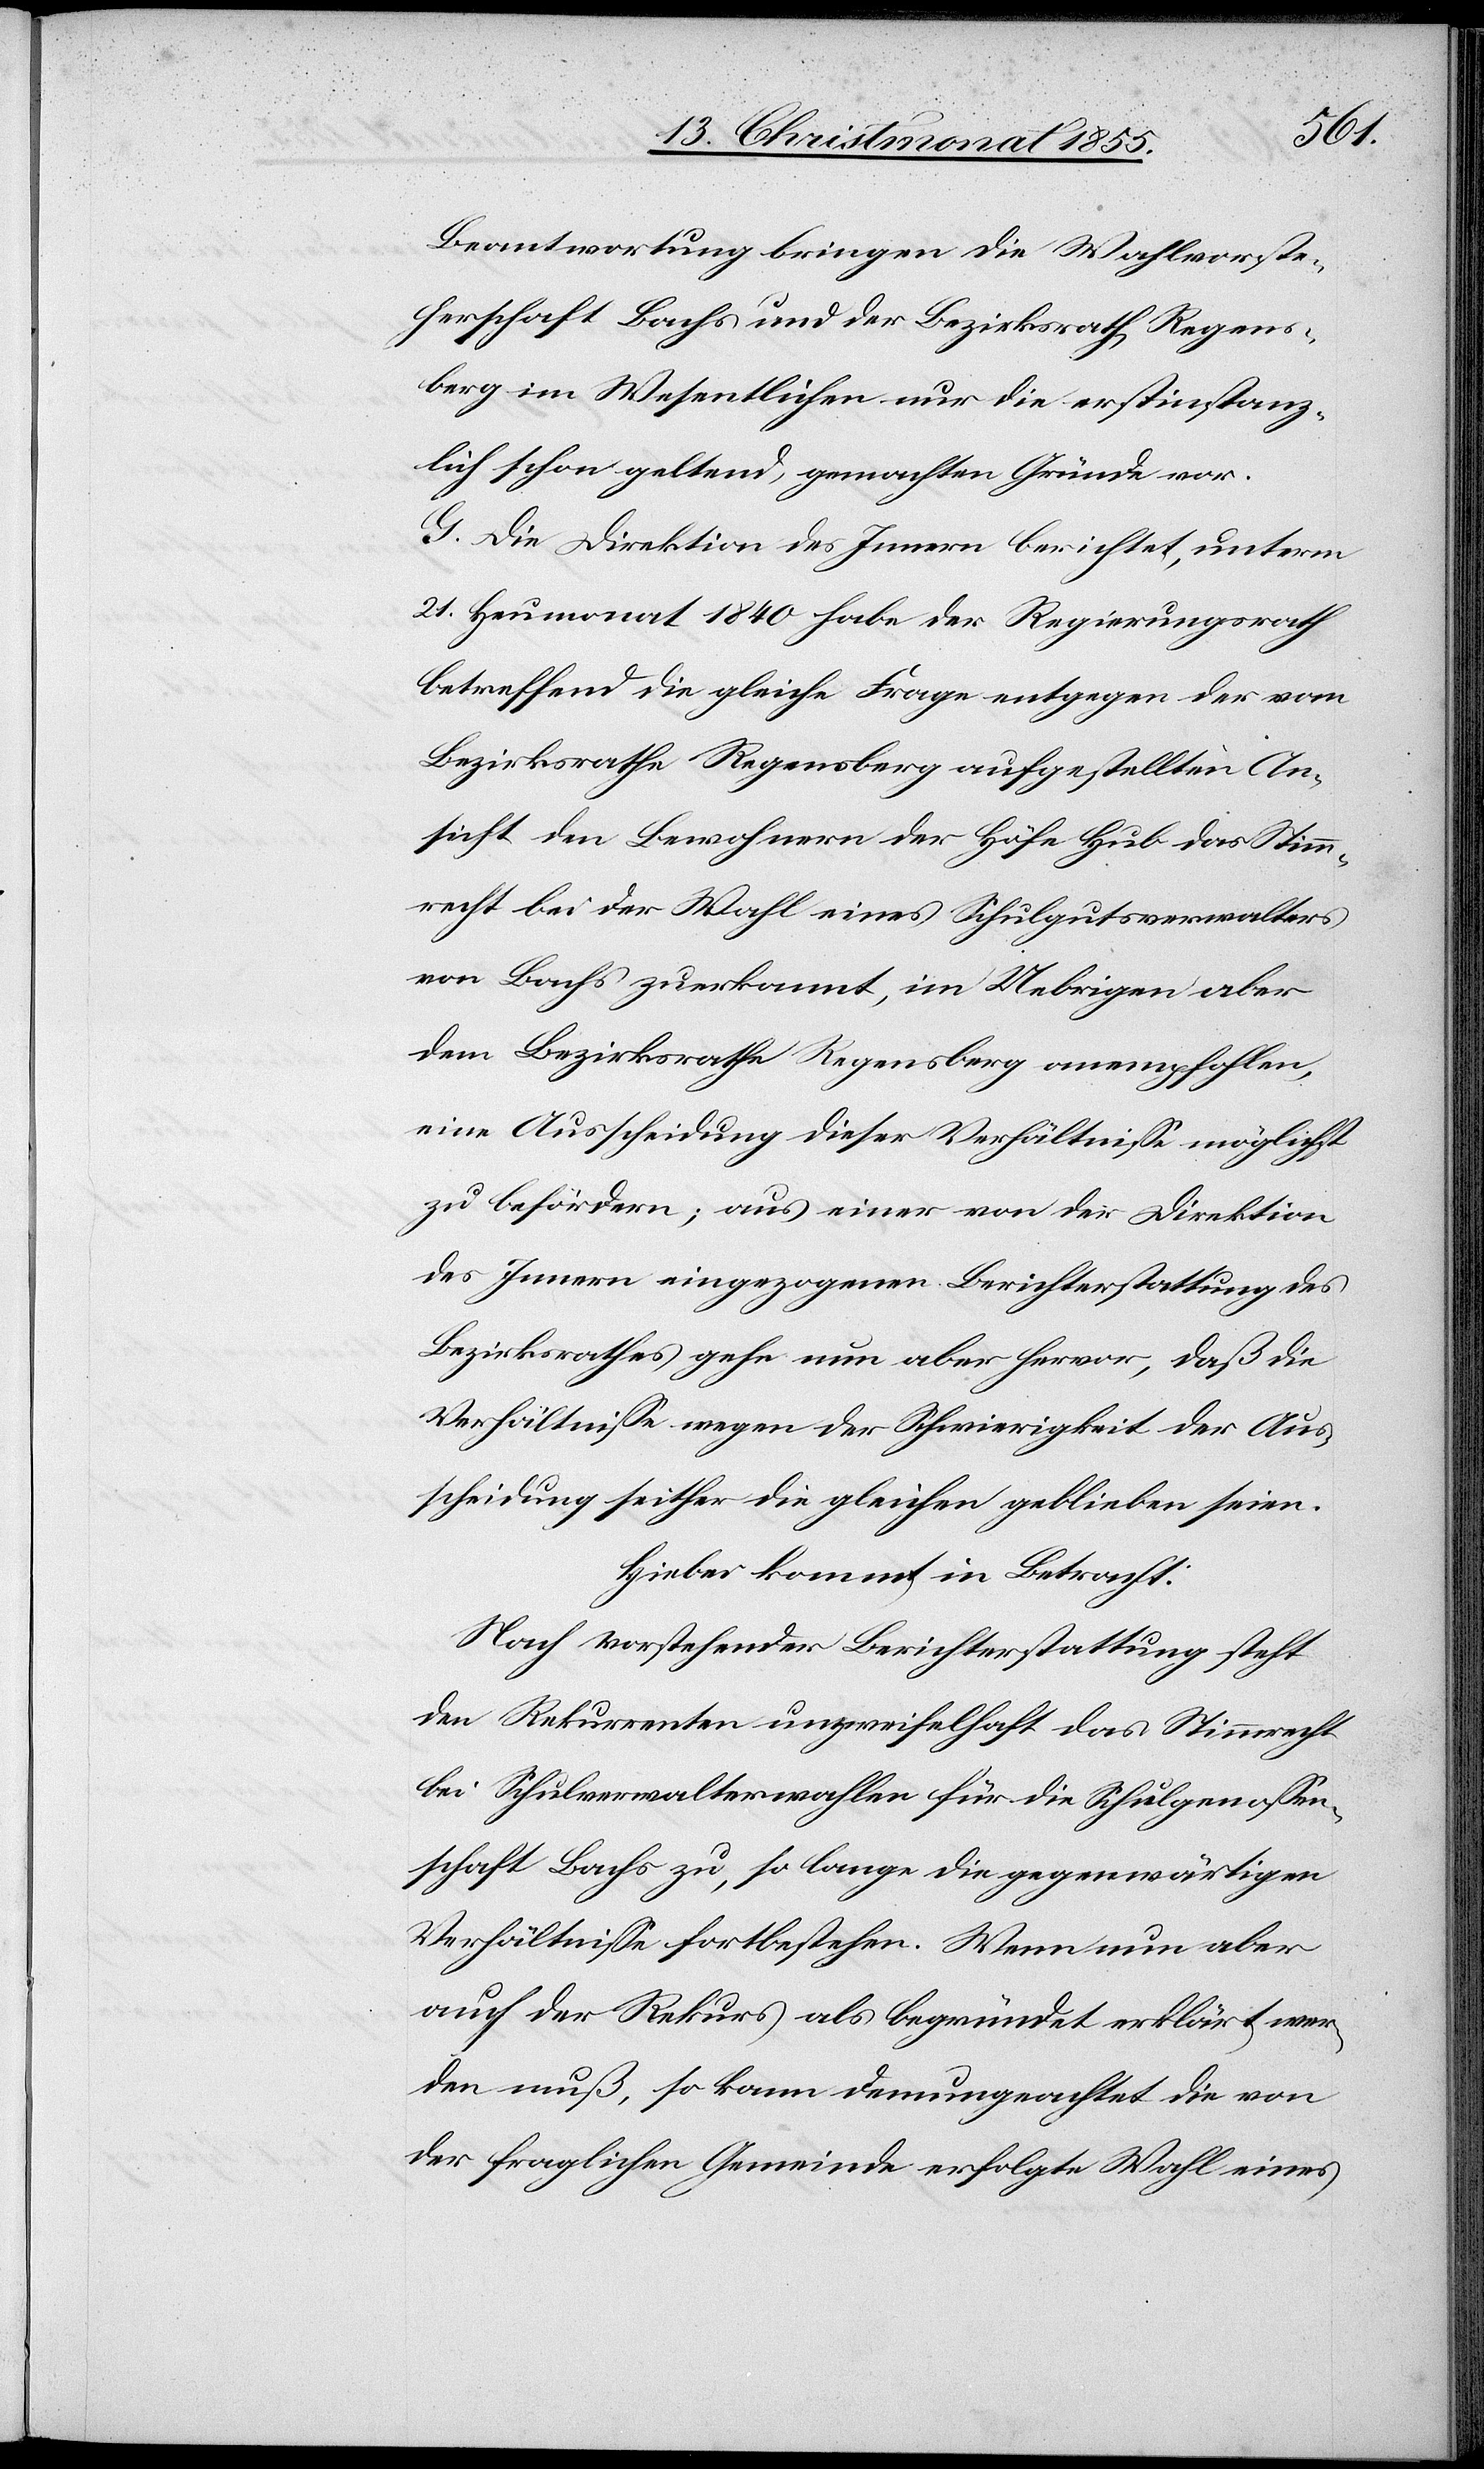
Beantwortung bringen die Wahlvorste¬
herschaft Bachs und der Bezirksrath Regens¬
berg im Wesentlichen nur die erstinstanz¬
lich schon geltend gemachten Gründe vor.
G. Die Direktion des Innern berichtet, unterm
21. Heumonat 1840 habe der Regierungsrath
betreffend die gleiche Frage entgegen der vom
Bezirksrathe Regensberg aufgestellten An¬
sicht den Bewohnern der Höfe Hub das Stimm¬
recht bei der Wahl eines Schulgutsverwalters
von Bachs zuerkannt, im Uebrigen aber
dem Bezirksrathe Regensberg anempfohlen,
eine Ausscheidung dieser Verhältnisse möglichst
zu befördern; aus einer von der Direktion
des Innern eingezogenen Berichterstattung des
Bezirksrathes gehe nun aber hervor, daß die
Verhältnisse wegen der Schwierigkeit der Aus¬
scheidung seither die gleichen geblieben seien.
Hiebei kommt in Betracht:
Nach vorstehender Berichterstattung steht
den Rekurrenten unzweifelhaft das Stimmrecht
bei Schulverwalterwahlen für die Schulgenossen¬
schaft Bachs zu, so lange die gegenwärtigen
Verhältnisse fortbestehen. Wenn nun aber
auch der Rekurs als begründet erklärt wer¬
den muß, so kann demungeachtet die von
der fraglichen Gemeinde erfolgte Wahl eines